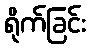
ရိုက်ခြင်း